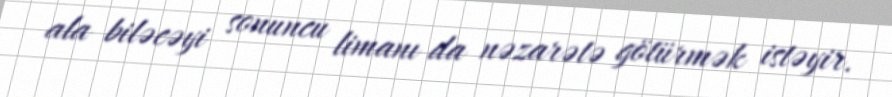
ala biləcəyi sonuncu limanı da nəzarətə götürmək istəyir.